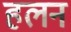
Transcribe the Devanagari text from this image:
हलन